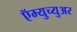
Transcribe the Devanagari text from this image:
ऍम्युच्युअर